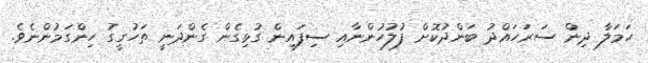
ހަމަލާ ދިން ސަރަހައްދު ބަންދުކޮށް ފުލުހުންނާއި ސިފައިން ގުޅިގެން ގެންދަނީ ތަހުގީގު ހިންގަމުންނެވެ.